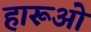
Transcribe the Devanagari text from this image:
हारूओ